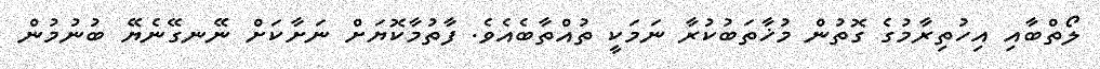
ލޯތްބާއި އިހުތިރާމުގެ ގޮތުން މުޚާތަބުކުރާ ނަމަކީ ތުއްތާބެއެވެ. ފާތުމާކޮޔަށް ނަށާކަށް ނޭނގޭނެޔޭ ބުނުމުން